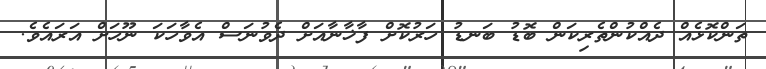
ތަންކޮޅެއް ދެއްކުންތެރިކަން ބޮޑު ބަނޑު ހަރުކޮށް ފާޚާނާއަށް ދެވުނަސް އެވާހަކަ ނޫހަށް އަރައެވެ.